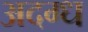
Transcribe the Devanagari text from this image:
अदग्ध